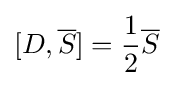
[D,{\overline {S}}]={\frac {1}{2}}{\overline {S}}